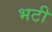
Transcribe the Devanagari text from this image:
भटी